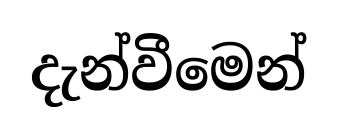
දැන්වීමෙන්